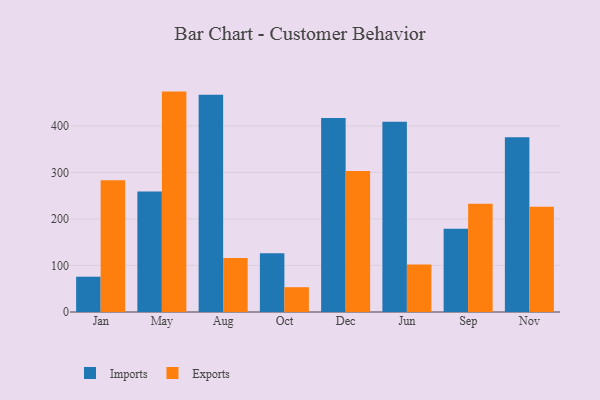
{"axis": {"x": "Month", "y": "Bounce Rate (%)"}, "legend": ["Exports", "Imports"], "data": [{"x": "Jan", "y": 75.9, "type": "Imports"}, {"x": "Jan", "y": 283.0, "type": "Exports"}, {"x": "May", "y": 258.8, "type": "Imports"}, {"x": "May", "y": 473.8, "type": "Exports"}, {"x": "Aug", "y": 467.0, "type": "Imports"}, {"x": "Aug", "y": 116.3, "type": "Exports"}, {"x": "Oct", "y": 126.1, "type": "Imports"}, {"x": "Oct", "y": 53.3, "type": "Exports"}, {"x": "Dec", "y": 416.9, "type": "Imports"}, {"x": "Dec", "y": 303.3, "type": "Exports"}, {"x": "Jun", "y": 409.2, "type": "Imports"}, {"x": "Jun", "y": 102.3, "type": "Exports"}, {"x": "Sep", "y": 178.7, "type": "Imports"}, {"x": "Sep", "y": 232.9, "type": "Exports"}, {"x": "Nov", "y": 375.5, "type": "Imports"}, {"x": "Nov", "y": 226.0, "type": "Exports"}]}